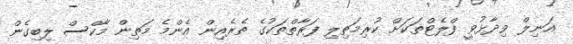
އަނިލް ވިދާޅުވީ ފްލެޓްތަކަށް ކުރިމަތިލި ފަރާތްތަކުގެ ތެރެއިން އެންމެ މަތިން މާކްސް ލިބިގެން